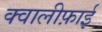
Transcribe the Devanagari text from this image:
क्वालीफ़ाई